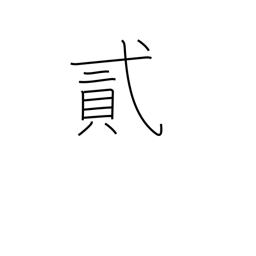
Meaning: two